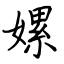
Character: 嫘